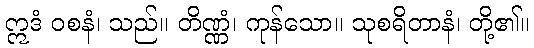
ဣဒံ ဝစနံ၊ သည်။ တိဏ္ဏံ၊ ကုန်သော။ သုစရိတာနံ၊ တို့၏။